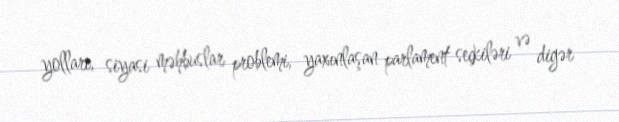
yolları, siyasi məhbuslar problemi, yaxınlaşan parlament seçkiləri və digər